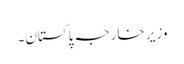
وزیر خارجہ پاکستان۔